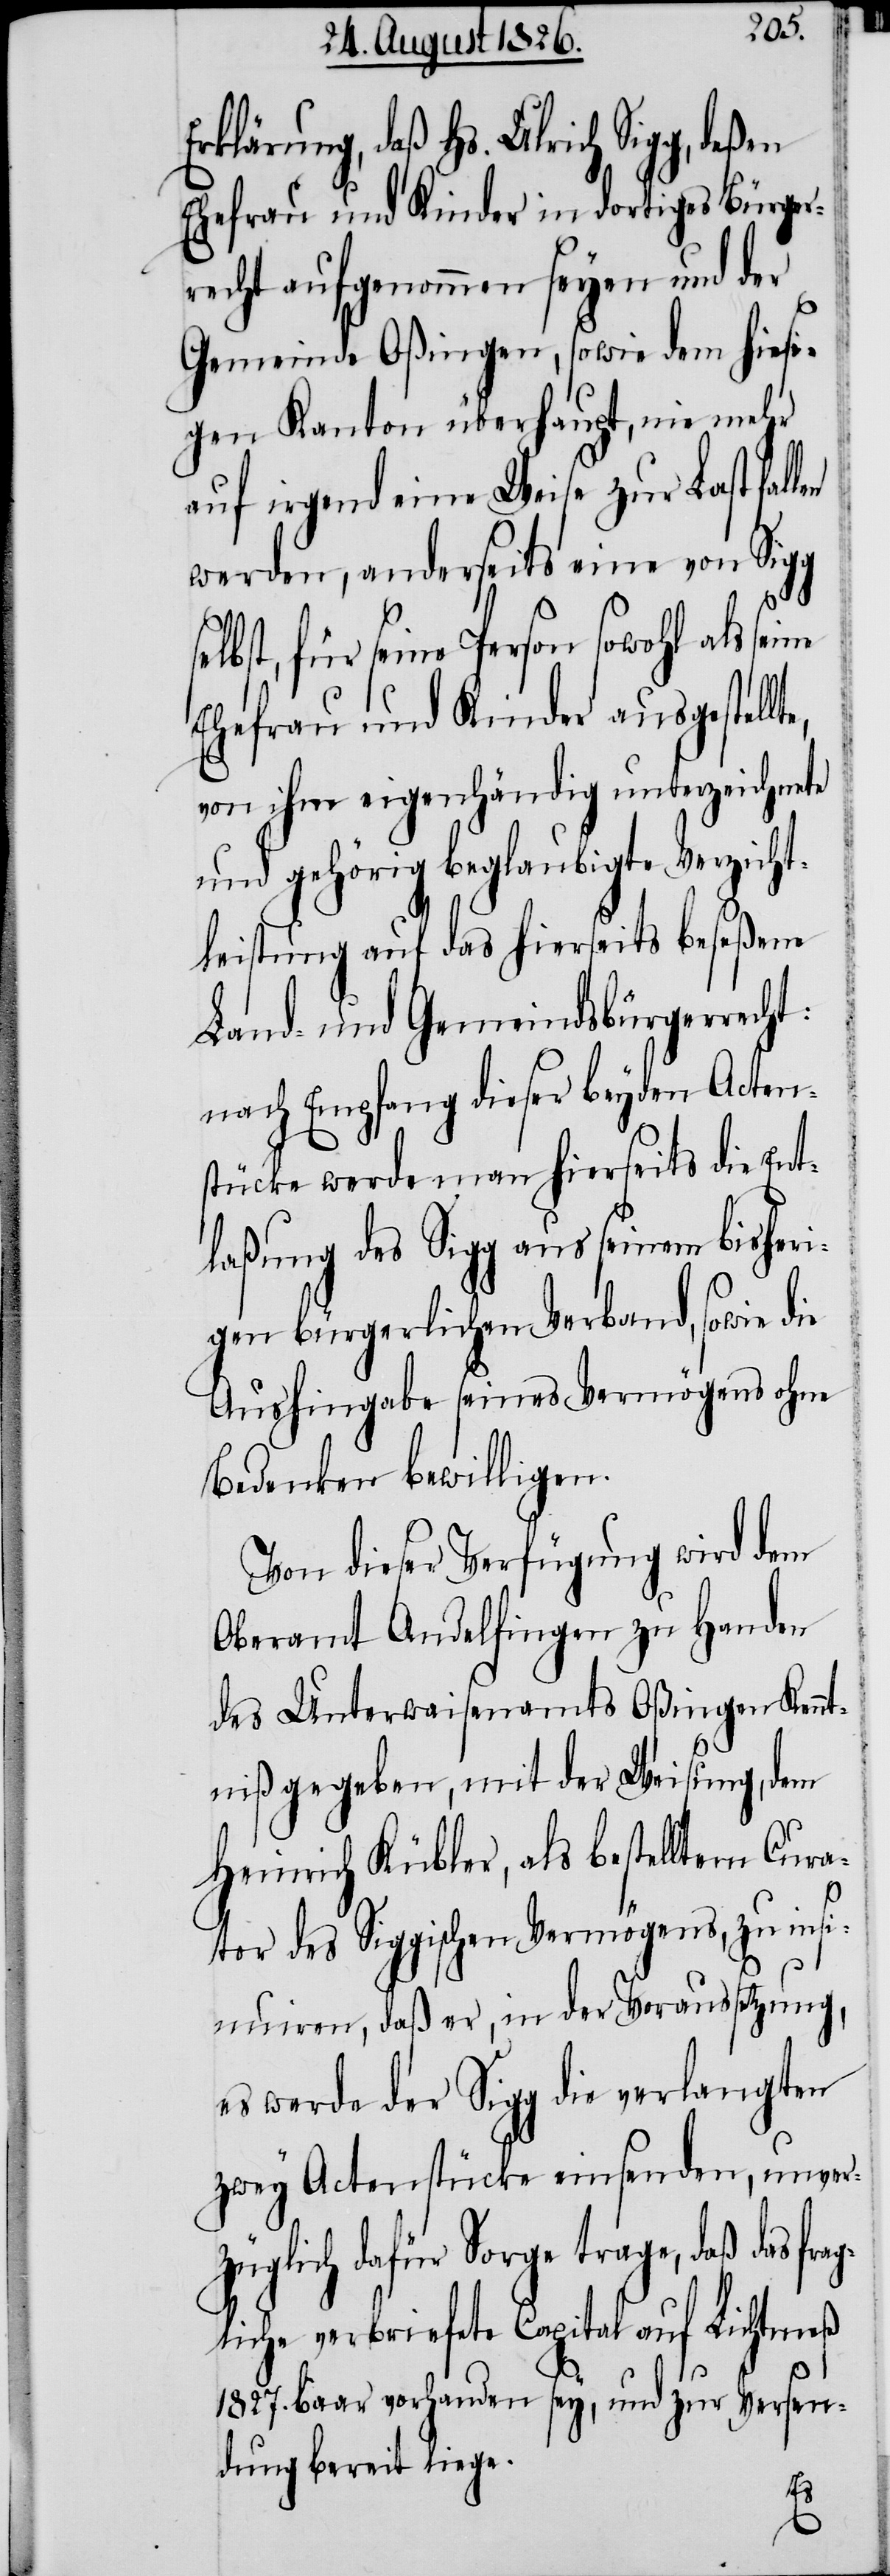
frag¬
Erklärung, daß Hs. Ulrich Sigg,
Ehefrau und Kinder in dortiges Bürger¬
recht aufgenommen seyen und der
Gemeinde Oßingen, sowie dem hiesi¬
gen Kanton überhaupt, nie mehr
auf irgend eine Weise zur Last fall¬
werden, anderseits eine von Sigg
für seine Person sowohl als
Ehefrau und Kinder ausgestellt¬
von ihm eigenhändig unterzeichnete
und gehörig beglaubigte Verzicht¬
leistung auf das hierseits beseßene
Land- und Gemeindsbürgerrecht:
nach Empfang dieser beyden Acten¬
stücke werde man hierseits die Ent¬
laßung des Sigg aus seinem bisheri¬
gen bürgerlichen Verband, sowie die
Aushingabe seines Vermögens ohne
Bedenken bewilligen.
Von dieser Verfügung wird dem
Oberamt Andelfingen zu Handen
des Unterwaisenamts Oßingen Kennt¬
niß gegeben, mit der Weisung, dem
Heinrich Kübler, als bestelltem Cura¬
tor des Siggischen Vermögens, zu insi¬
nuiren, daß er, in der Voraussetzung,
es werde der Sigg die verlangten
zwey Actenstücke einsenden, unverz¬
üglich dafür Sorge trage, daß das
liche verbriefete Capital auf Lichtmeß
1827. baar vorhanden sey, und zur Versen¬
dung bereit liege.
e,